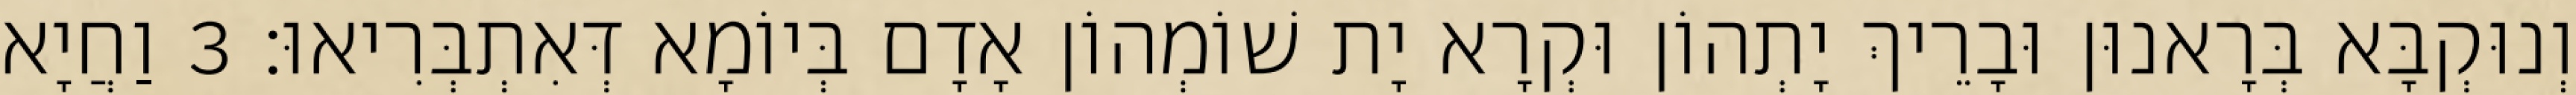
וְנוּקְבָּא בְּרָאנוּן וּבָרֵיךְ יָתְהוֹן וּקְרָא יָת שׁוֹמְהוֹן אָדָם בְּיוֹמָא דְּאִתְבְּרִיאוּ׃ 3 וַחֲיָא